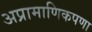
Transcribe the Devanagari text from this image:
अप्रामाणिकपणा